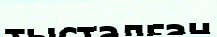
тысталған